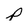
Character: p